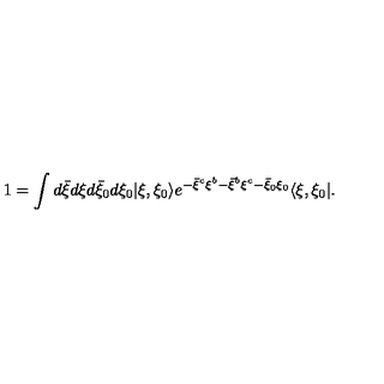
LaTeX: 1 = \int d { \bar { \xi } } d \xi d { \bar { \xi } } _ { 0 } d \xi _ { 0 } | \xi , \xi _ { 0 } \rangle e ^ { - { \bar { \xi } } ^ { c } \xi ^ { b } - { \bar { \xi } } ^ { b } \xi ^ { c } - { \bar { \xi } } _ { 0 } \xi _ { 0 } } \langle \xi , \xi _ { 0 } | .